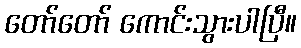
တော်တော် ကောင်းသွားပါပြီ။